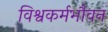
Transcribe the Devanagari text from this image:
विश्वकर्मभौवन